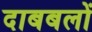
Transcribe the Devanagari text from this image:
दाबबलों